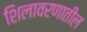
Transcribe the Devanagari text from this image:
शिलावरणातील